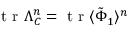
\makebox { t r } \Lambda _ { C } ^ { n } = \makebox { t r } \langle \tilde { \Phi } _ { 1 } \rangle ^ { n }